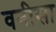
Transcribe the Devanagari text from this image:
वनीसा